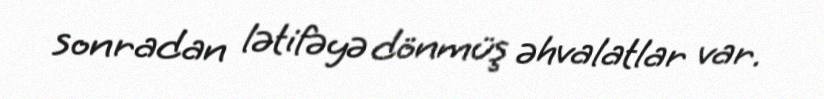
sonradan lətifəyə dönmüş əhvalatlar var.